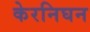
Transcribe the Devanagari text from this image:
केरनिघन